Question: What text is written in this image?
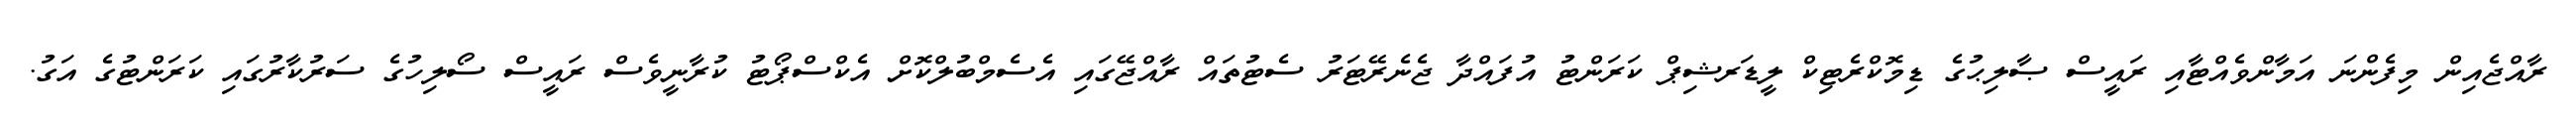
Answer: ރާއްޖެއިން މިފެންނަ އަމާންވެއްޓާއި ރައީސް ޞާލިޙުގެ ޑިމޮކްރެޓިކް ލީޑަރޝިޕް ކަރަންޓު އުފައްދާ ޖެނެރޭޓަރު ސެޓުތައް ރާއްޖޭގައި އެސެމްބުލްކޮށް އެކްސްޕޯޓު ކުރާނީވެސް ރައީސް ސޯލިހުގެ ސަރުކާރުގައި ކަރަންޓުގެ އަގު.